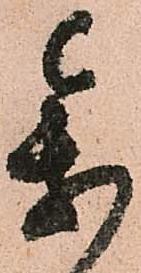
参